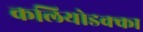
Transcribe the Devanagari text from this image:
कलियोडक्का